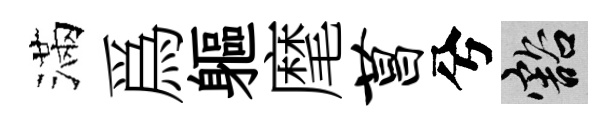
滿爲軀麾菖兮豁